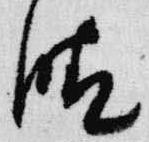
晴